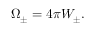
\Omega _ { \pm } = 4 \pi W _ { \pm } .